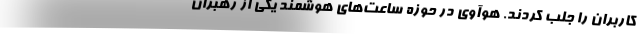
کاربران را جلب کردند. هوآوی در حوزه ساعت‌های هوشمند یکی از رهبران